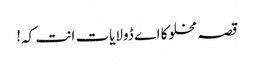
قصہ مخلوکا اے ڈولایات انت کہ!